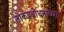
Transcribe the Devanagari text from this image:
लोकप्रबोधनाच्या